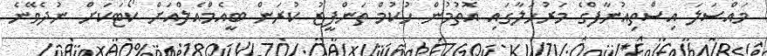
މައްސަލަ އިސްތިއުނާފްގެ މަރުހަލާގައި އޮތުމުން ހުކުމް ތަންފީޒު ކުރަން ބީއެމްއެލްއަށް ކޯޓަކަށް ނުދެވޭނެ